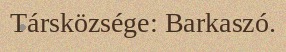
Társközsége: Barkaszó.